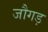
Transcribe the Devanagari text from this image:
जौगड़